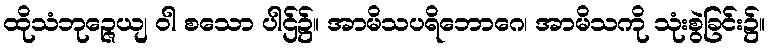
ထိုသံဘုဉ္ဇေယျ ဝါ စသော ပါဌ်၌။ အာမိသပရိဘောဂေ၊ အာမိသကို သုံးစွဲခြင်း၌။